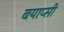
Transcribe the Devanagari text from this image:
बयाप्सी